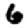
Digit: 6